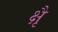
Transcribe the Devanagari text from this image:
क्षैृ